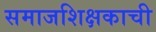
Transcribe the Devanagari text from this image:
समाजशिक्षकाची